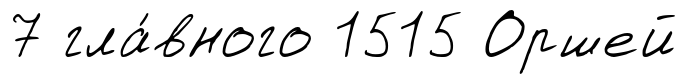
7 гла́вного 1515 Оршей